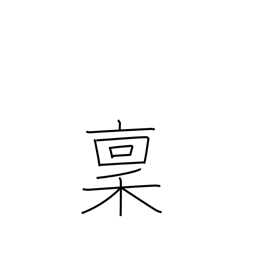
Meaning: salary in rice